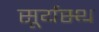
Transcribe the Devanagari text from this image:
सूर्यस्थ